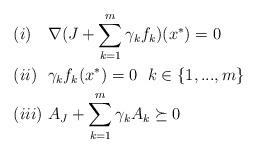
LaTeX: \begin{align*} &(i)\ \ \ \nabla(J+\sum\limits_{k=1}^m\gamma_k f_k)(x^*)=0\\ &(ii)\ \ \gamma_kf_k(x^*)=0\ \ k\in\{1,...,m\}\\ &(iii)\ A_J+\sum\limits_{k=1}^m\gamma_kA_k\succeq0 \end{align*}